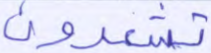
تشعرون